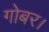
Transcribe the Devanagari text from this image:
गोबर।